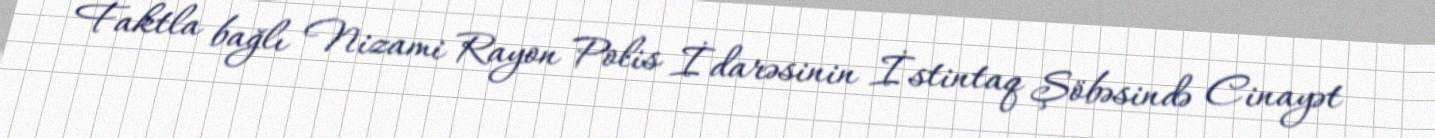
Faktla bağlı Nizami Rayon Polis İdarəsinin İstintaq Şöbəsində Cinayət